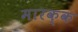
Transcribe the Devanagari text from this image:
मारक्क